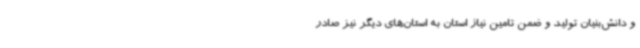
و دانش‌بنیان تولید و ضمن تامین نیاز استان به استان‌های دیگر نیز صادر